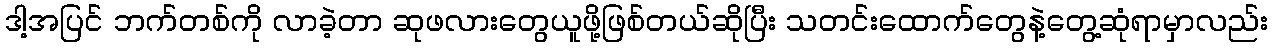
ဒါ့အပြင် ဘက်တစ်ကို လာခဲ့တာ ဆုဖလားတွေယူဖို့ဖြစ်တယ်ဆိုပြီး သတင်းထောက်တွေနဲ့တွေ့ဆုံရာမှာလည်း